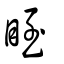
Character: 眰